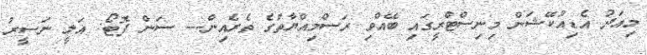
މިއަދު އެޑިއުކޭޝަން މިނިސްޓްރީގައި ބޭއްވި ރަސްމިއްޔާތުގެ ތެރެއިން--- ސަން ފޮޓޯ: އަލީ ނަސީރު